Civil Veterinary Department. United Provinces 1932-42 - 1932-1942
Year: 1932
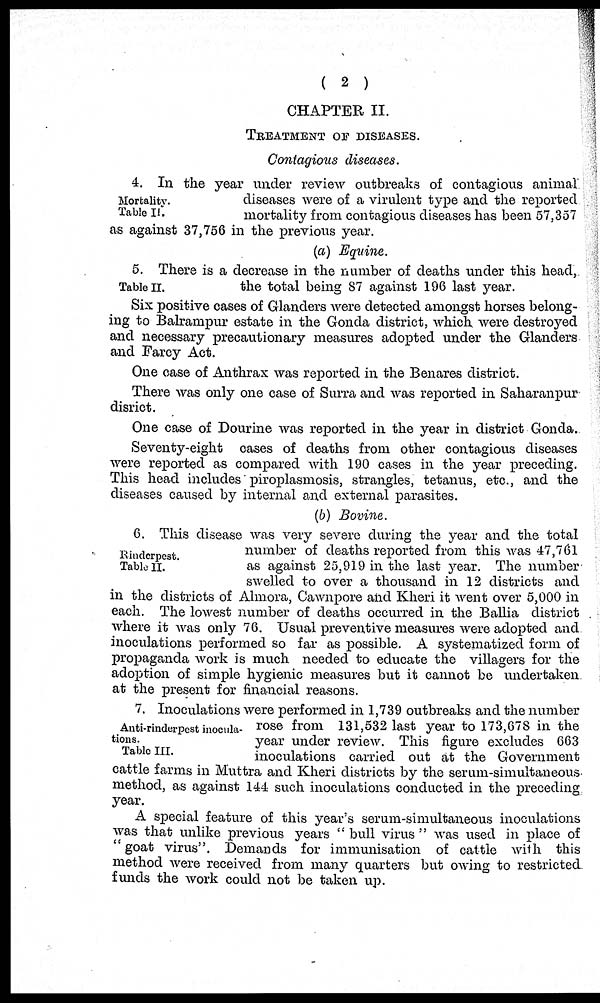
( 2 )
CHAPTER II.
TREATMENT OF DISEASES.
Contagious diseases.
Mortality.
Table H.
4. In the year under review outbreaks of contagious animal
diseases were of a virulent type and the reported
mortality from contagious diseases has been 57,357
as against 37,756 in the previous year.
(a) Equine.
Table II.
5. There is a decrease in the number of deaths under this head,
the total being 87 against 196 last year.
Six positive cases of Glanders were detected amongst horses belong-
ing to Balrampur estate in the Gonda district, which were destroyed
and necessary precautionary measures adopted under the Glanders
and Farcy Act.
One case of Anthrax was reported in the Benares district.
There was only one case of Surra and was reported in Saharanpur
disrict.
One case of Dourine was reported in the year in district Gonda.
Seventy-eight cases of deaths from other contagious diseases
were reported as compared with 190 cases in the year preceding.
This head includes piroplasmosis, strangles, tetanus, etc., and the
diseases caused by internal and external parasites.
(6) Bovine.
Rinderpest.
Table II.
6. This disease was very severe during the year and the total
number of deaths reported from this was 47,761
as against 25,919 in the last year. The number
swelled to over a thousand in 12 districts and
in the districts of Almora, Cawnpore and Kheri it went over 5,000 in
each. The lowest number of deaths occurred in the Ballia district
where it was only 76. Usual preventive measures were adopted and
inoculations performed so far as possible. A systematized form of
propaganda work is much needed to educate the villagers for the
adoption of simple hygienic measures but it cannot be undertaken
at the present for financial reasons.
Anti-rinderpest inocula-
tions.
Table III.
7. Inoculations were performed in 1,739 outbreaks and the number
rose from 131,532 last year to 173,678 in the
year under review. This figure excludes 663
inoculations carried out at the Government
cattle farms in Muttra and Kheri districts by the serum-simultaneous.
method, as against 144 such inoculations conducted in the preceding
year.
A special feature of this year's serum-simultaneous inoculations
was that unlike previous years " bull virus " was used in place of
"goat virus". Demands for immunisation of cattle with this
method were received from many quarters but owing to restricted,
funds the work could not be taken up.